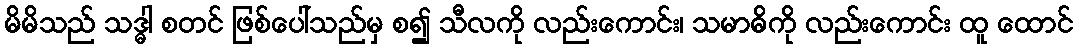
မိမိသည် သဒ္ဓါ စတင် ဖြစ်ပေါ်သည်မှ စ၍ သီလကို လည်းကောင်း၊ သမာဓိကို လည်းကောင်း ထူ ထောင်